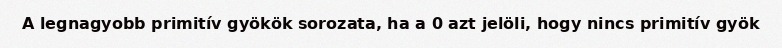
A legnagyobb primitív gyökök sorozata, ha a 0 azt jelöli, hogy nincs primitív gyök